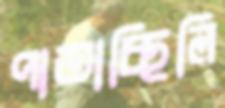
পাতাচ্ছিলি